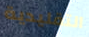
التقليدية